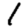
Digit: 1